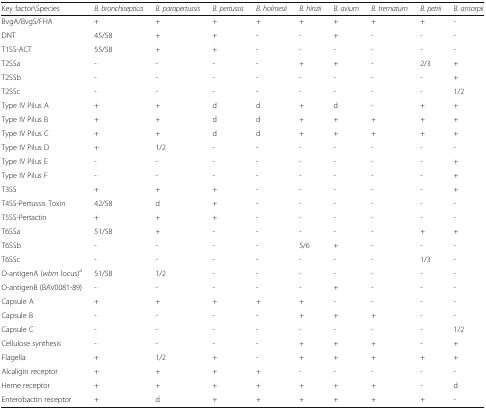
| Key factor\Species | B. bronchiseptica | B. parapertussis | B. pertussis | B. holmesii | B. hinzii | B. avium | B. trematum | B. petrii | B. ansorpii |
 | --- | --- | --- | --- | --- | --- | --- | --- | --- | --- |
 | BvgA/BvgS/FHA | + | + | + | + | + | + | + | + | - |
 | DNT | 45/58 | + | + | - | - | + | - | - | - |
 | T1SS-ACT | 55/58 | + | + | - | - | - | - | - | - |
 | T2SSa | - | - | - | - | + | + | - | 2/3 | + |
 | T2SSb | - | - | - | - | - | - | - | - | + |
 | T2SSc | - | - | - | - | - | - | - | - | 1/2 |
 | Type IV Pilus A | + | + | d | d | + | d | - | + | + |
 | Type IV Pilus B | + | + | d | d | + | + | + | + | + |
 | Type IV Pilus C | + | + | d | d | + | + | + | + | + |
 | Type IV Pilus D | + | 1/2 | - | - | - | - | - | - | - |
 | Type IV Pilus E | - | - | - | - | - | - | - | - | + |
 | Type IV Pilus F | - | - | - | - | - | - | - | - | + |
 | T3SS | + | + | + | - | - | - | - | - | + |
 | T4SS-Pertussis Toxin | 42/58 | d | + | - | - | - | - | - | - |
 | T5SS-Pertactin | + | + | + | - | - | - | - | - | - |
 | T6SSa | 51/58 | + | - | - | - | - | - | + | + |
 | T6SSb | - | - | - | - | 5/6 | + | - | - | - |
 | T6SSc | - | - | - | - | - | - | - | 1/3 | - |
 | O-antigenA (wbm locus)a | 51/58 | 1/2 | - | - | - | - | - | - | - |
 | O-antigenB (BAV0081-89) | - | - | - | - | - | + | - | - | - |
 | Capsule A | + | + | + | + | + | - | - | - | - |
 | Capsule B | - | - | - | - | + | + | + | - | - |
 | Capsule C | - | - | - | - | - | - | - | - | 1/2 |
 | Cellulose synthesis | - | - | - | - | + | + | + | - | + |
 | Flagella | + | 1/2 | + | - | + | + | + | + | + |
 | Alcaligin receptor | + | + | + | + | - | - | - | - | - |
 | Heme receptor | + | + | + | + | + | + | + | - | d |
 | Enterobactin receptor | + | d | + | + | + | + | + | + | - |